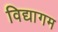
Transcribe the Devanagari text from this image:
विद्यागम